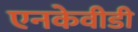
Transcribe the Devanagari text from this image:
एनकेवीडी